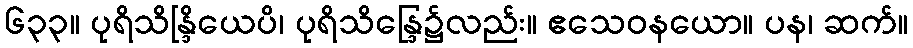
၆၃၃။ ပုရိသိန္ဒြိယေပိ၊ ပုရိသိန္ဒြေ၌လည်း။ ဧသေဝနယော။ ပန၊ ဆက်။